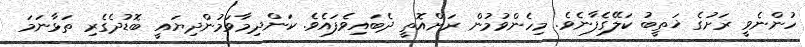
ހުންނެވީ ރަށުގެ ޚަތީބު ކަލޭގެފާނެވެ. މިހެންވުމުން ރަށްއޮތީ ދެބައިވެފައެވެ. ކަންދިމާވަމުންދިޔައީ ބޮޑުދެގެރި ތަޅާނަމަ